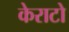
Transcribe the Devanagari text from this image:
केराटो